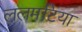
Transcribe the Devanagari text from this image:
ललमटिया